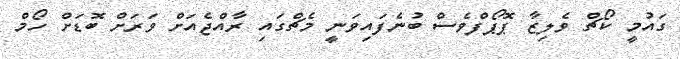
ގައުމީ ކޯޗް ވެލިޒާ ޕޮޕޯފްވެސް ބުނެފައިވަނީ މެޗްގައި ރާއްޖެއަށް ވަރަށް ބޮޑަށް ހޯމް